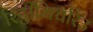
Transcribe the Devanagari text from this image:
रिट्ठीमिचरिउ